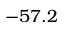
- 5 7 . 2